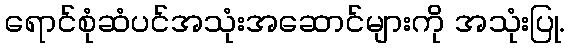
ရောင်စုံဆံပင်အသုံးအဆောင်များကို အသုံးပြု.